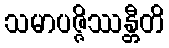
သမာပဇ္ဇိဿန္တီတိ